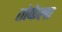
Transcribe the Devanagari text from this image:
तोफेला